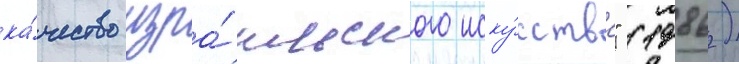
ка́чество изра́ильского иску́сства" (1986)